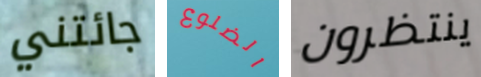
جائتني الضلوع ينتظرون